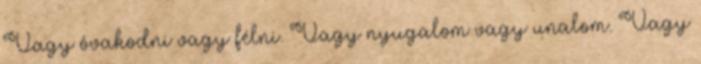
Vagy óvakodni vagy félni. Vagy nyugalom vagy unalom. Vagy